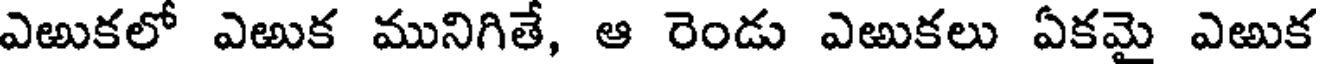
ఎఱుకలో ఎఱుక మునిగితే, ఆ రెండు ఎఱుకలు ఏకమై ఎఱుక